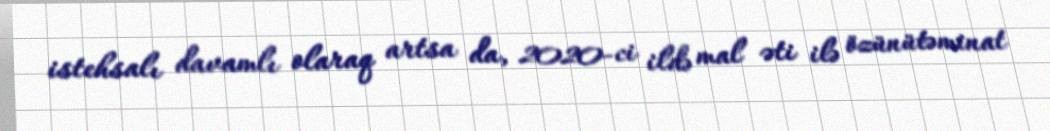
istehsalı davamlı olaraq artsa da, 2020-ci ildə mal əti ilə özünütəminat